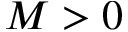
M > 0